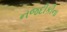
નજદીકીના